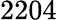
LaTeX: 2204